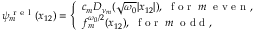
\begin{array} { r } { \psi _ { m } ^ { \mathrm { ~ r ~ e ~ l ~ } } ( x _ { 1 2 } ) = \left\{ \begin{array} { l l } { c _ { m } D _ { \nu _ { m } } ( \sqrt { \omega _ { 0 } } | x _ { 1 2 } | ) , \; \mathrm { ~ f ~ o ~ r ~ } \; m \; \mathrm { ~ e ~ v ~ e ~ n ~ } , } \\ { f _ { m } ^ { \omega _ { 0 } / 2 } ( x _ { 1 2 } ) , \; \mathrm { ~ f ~ o ~ r ~ } \; m \; \mathrm { ~ o ~ d ~ d ~ } , } \end{array} \right. } \end{array}